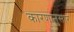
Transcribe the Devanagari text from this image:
कारणानुसार